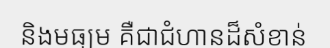
និងមធ្យម គឺជាជំហានដ៏សំខាន់